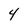
Character: 4